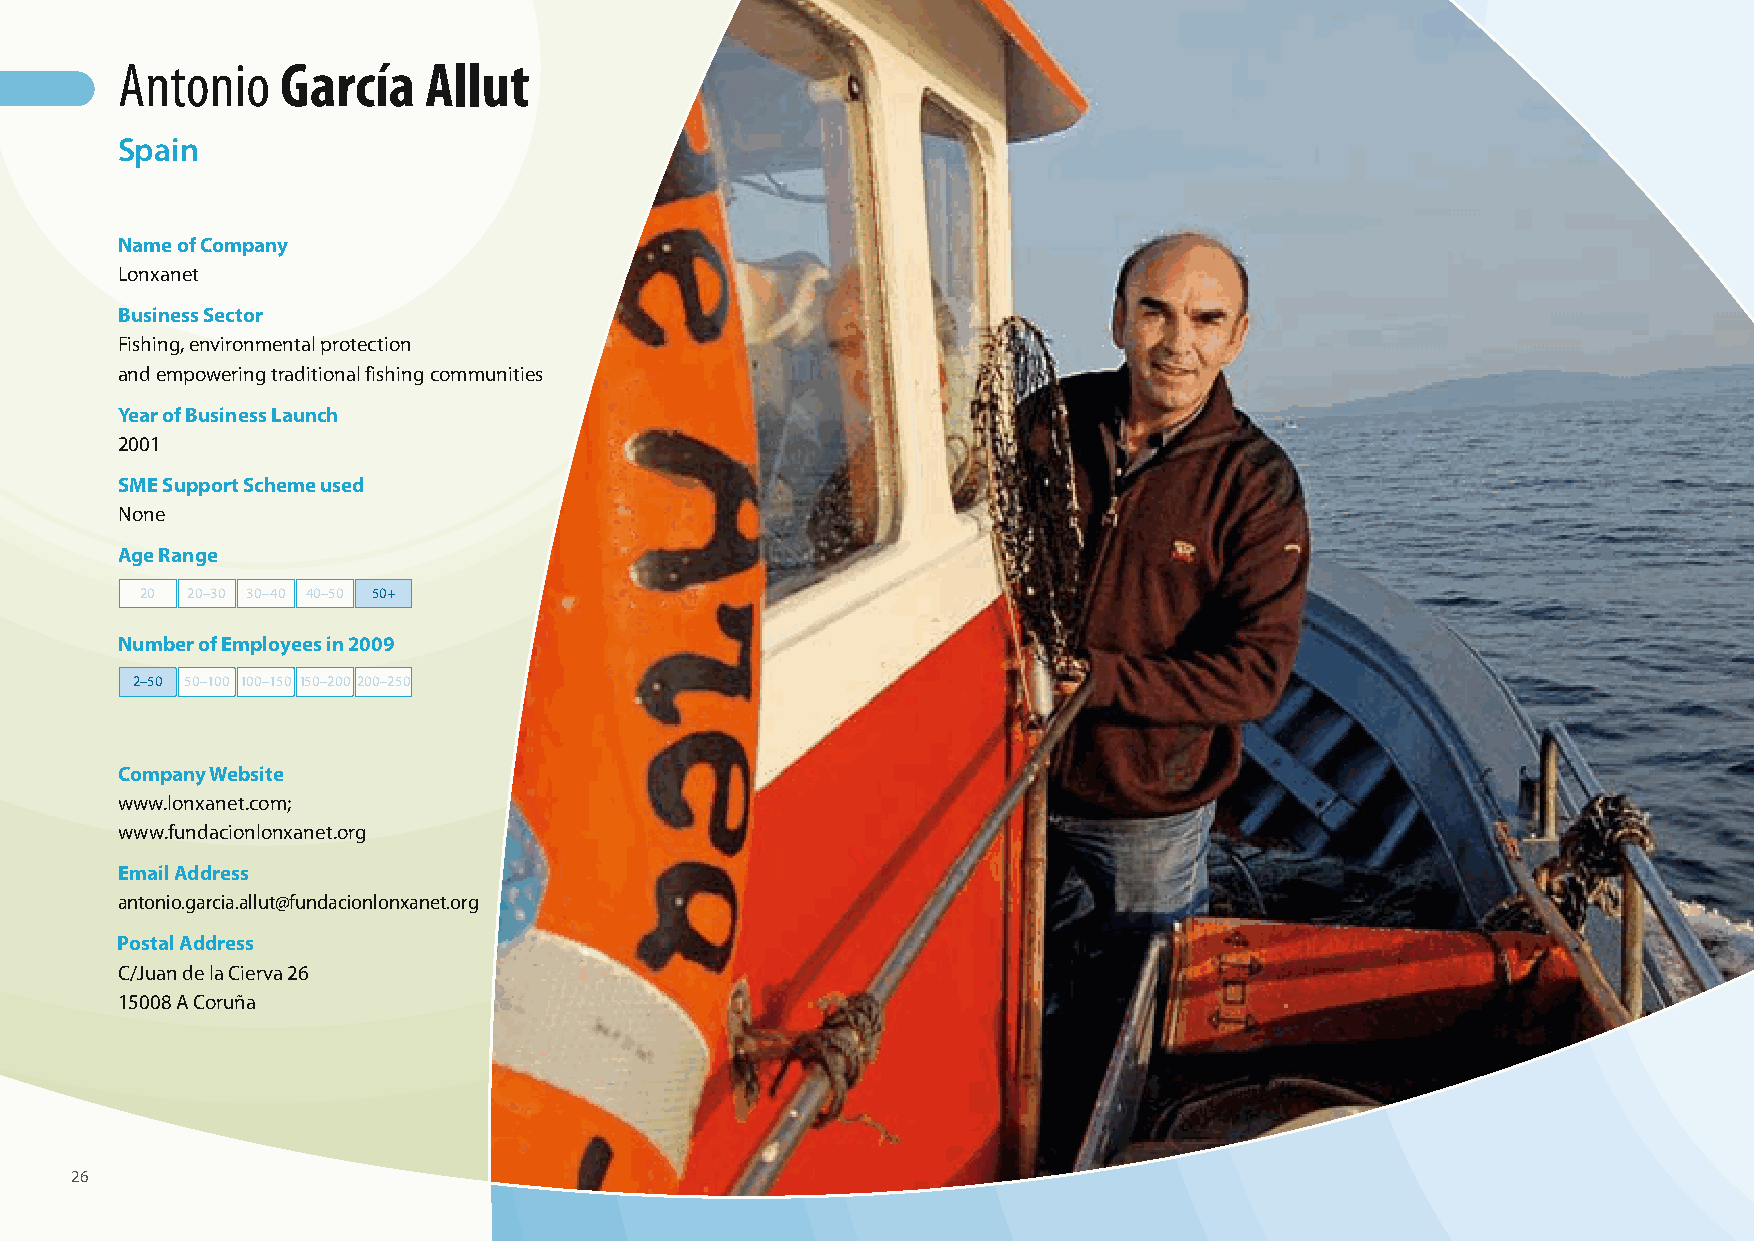
Antonio    García   Allut
 Spain
 Name of Company
 Lonxanet
 Business Sector
 Fishing, environmental protection
 and empowering traditional fishing communities
 Year of Business Launch
 2001
 SME Support Scheme used
 None
 Age Range
 20 20–30 30–40 40–50 50+
 Number of Employees in 2009
 2–50 50–100 100–150 150–200 200–250
 Company Website
 www.lonxanet.com;
 www.fundacionlonxanet.org
 Email Address
 antonio.garcia.allut@fundacionlonxanet.org
 Postal Address
 C/Juan de la Cierva 26
 15008 A Coruña
 26
 100426_SMEweek_broch_A4quer_hw.indd 26                                                                   27.04.2010 9:12:44 Uhr